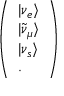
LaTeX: \left( \begin{array} { l } { { | \nu _ { e } \rangle } } \\ { { | \tilde { \nu } _ { \mu } \rangle } } \\ { { | \nu _ { s } \rangle } } \\ { { . } } \end{array} \right) ~ ~ ~